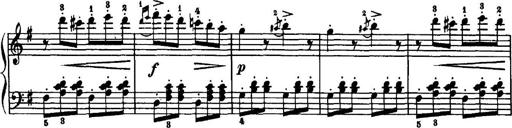
Title: 7 Sonatinas
Composer: Anton Diabelli